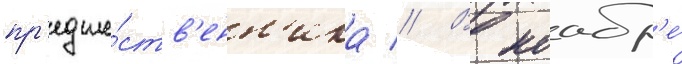
пр'едше́ств'енн'ика // В ноабр'е́